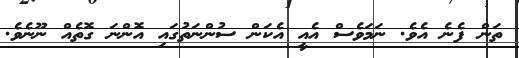
ތަން ފެނެ އެވެ. ނަމަވެސް އެއީ އެކަން ސުންނަތުގައި އޮންނަ ގޮތެއް ނޫނެވެ.